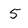
Character: 5